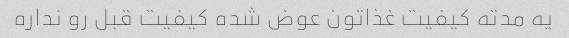
یه مدته کیفیت غذاتون عوض شده کیفیت قبل رو نداره